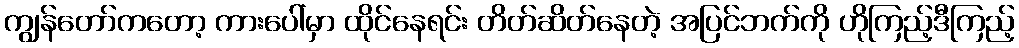
ကျွန်တော်ကတော့ ကားပေါ်မှာ ထိုင်နေရင်း တိတ်ဆိတ်နေတဲ့ အပြင်ဘက်ကို ဟိုကြည့်ဒီကြည့်